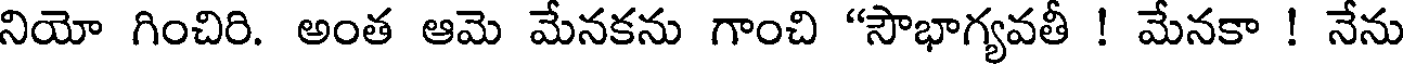
నియో గించిరి. అంత ఆమె మేనకను గాంచి "సౌభాగ్యవతీ ! మేనకా ! నేను